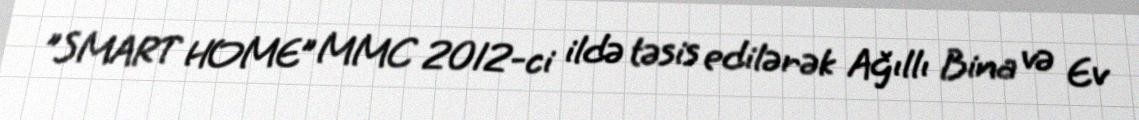
"SMART HOME” MMC 2012-ci ildə təsis edilərək Ağıllı Bina və Ev